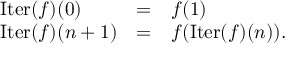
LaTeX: \begin{array} { l c l } { \operatorname { I t e r } ( f ) ( 0 ) } & { = } & { f ( 1 ) } \\ { \operatorname { I t e r } ( f ) ( n + 1 ) } & { = } & { f ( \operatorname { I t e r } ( f ) ( n ) ) . } \end{array}